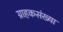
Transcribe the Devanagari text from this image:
ग्राहकसंख्या